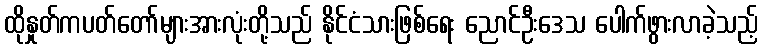
ထိုနှုတ်ကပတ်တော်များအားလုံးတို့သည် နိုင်ငံသားဖြစ်ရေး ညောင်ဦးဒေသ ပေါက်ဖွားလာခဲ့သည့်